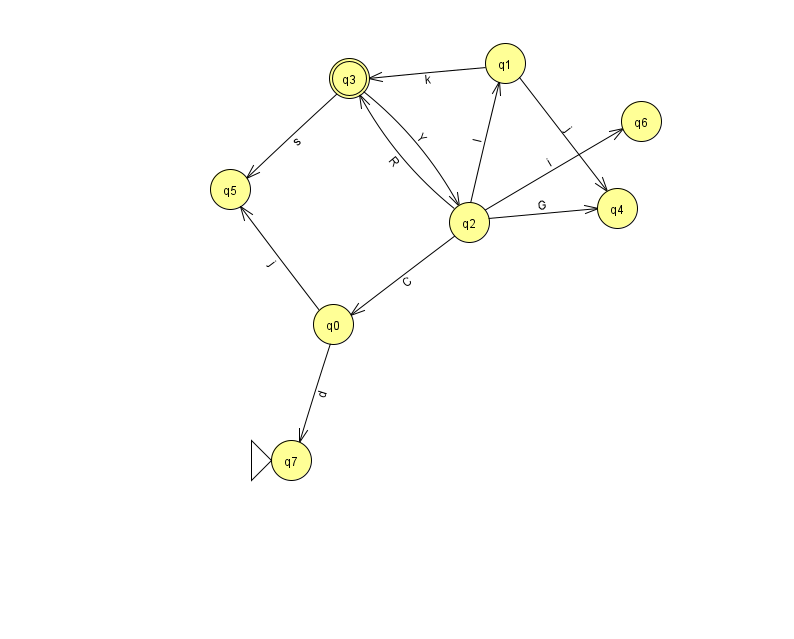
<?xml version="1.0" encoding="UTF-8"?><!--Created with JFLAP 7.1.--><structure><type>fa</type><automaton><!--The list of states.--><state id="0" name="q0"><x>333.0</x><y>311.0</y></state><state id="1" name="q1"><x>505.0</x><y>50.0</y></state><state id="2" name="q2"><x>469.0</x><y>209.0</y></state><state id="3" name="q3"><x>349.0</x><y>65.0</y><final/></state><state id="4" name="q4"><x>617.0</x><y>195.0</y></state><state id="5" name="q5"><x>230.0</x><y>176.0</y></state><state id="6" name="q6"><x>641.0</x><y>108.0</y></state><state id="7" name="q7"><x>291.0</x><y>447.0</y><initial/></state><!--The list of transitions.--><transition><from>2</from><to>1</to><read>I</read></transition><transition><from>1</from><to>3</to><read>k</read></transition><transition><from>2</from><to>3</to><read>R</read></transition><transition><from>1</from><to>4</to><read>j</read></transition><transition><from>0</from><to>5</to><read>j</read></transition><transition><from>2</from><to>0</to><read>C</read></transition><transition><from>2</from><to>4</to><read>G</read></transition><transition><from>0</from><to>7</to><read>d</read></transition><transition><from>3</from><to>5</to><read>s</read></transition><transition><from>3</from><to>2</to><read>Y</read></transition><transition><from>2</from><to>6</to><read>i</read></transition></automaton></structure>